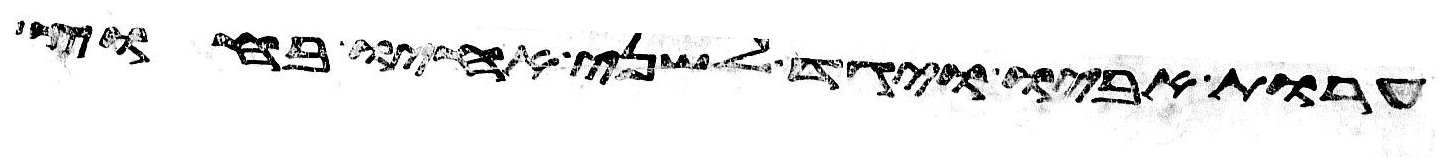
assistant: ערות אביו ויגד לשני אחיו בחוץ